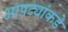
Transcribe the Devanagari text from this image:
आपट्यांकडे